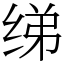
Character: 绨